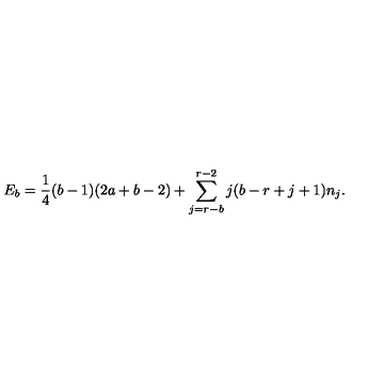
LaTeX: E _ { b } = \frac { 1 } { 4 } ( b - 1 ) ( 2 a + b - 2 ) + \sum _ { j = r - b } ^ { r - 2 } j ( b - r + j + 1 ) n _ { j } .